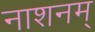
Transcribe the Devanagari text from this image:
नाशनम्‌